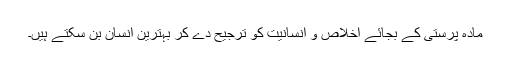
مادہ پرستی کے بجائے اخلاص و انسانیت کو ترجیح دے کر بہترین انسان بن سکتے ہیں۔